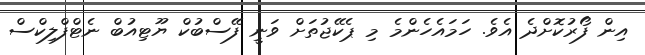
އިން ފޯރުކޮށްދެ އެވެ. ހަމައެހެންމެ މި ޕެކޭޖުތަށް ވަނީ ފޭސްބުކް ޔޫޓިއުބް ނެޓްފްލިކްސް